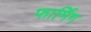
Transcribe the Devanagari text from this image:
फार्मिग